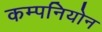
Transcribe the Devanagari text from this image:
कम्पनियोन